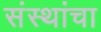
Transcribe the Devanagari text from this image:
संस्‍थांचा